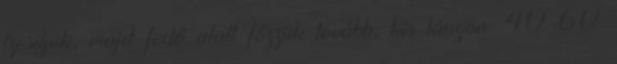
ízesítjük, majd fedő alatt főzzük tovább, kis lángon. 40-60